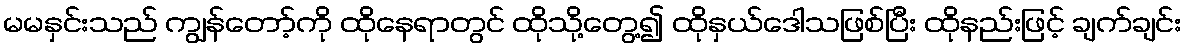
မမနှင်းသည် ကျွန်တော့်ကို ထိုနေရာတွင် ထိုသို့တွေ့၍ ထိုနှယ်ဒေါသဖြစ်ပြီး ထိုနည်းဖြင့် ချက်ချင်း